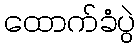
ထောက်ခံပွဲ